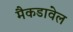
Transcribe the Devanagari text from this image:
मैकडावेल